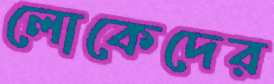
লোকেদের